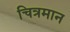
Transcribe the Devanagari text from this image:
चित्रमान